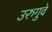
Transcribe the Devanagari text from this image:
उरुगुवे